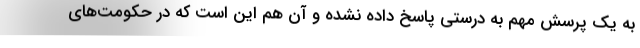
به یک پرسش مهم به درستی پاسخ داده نشده و آن هم این است که در حکومت‌های